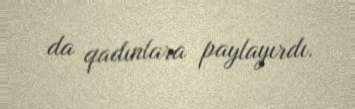
da qadınlara paylayırdı.